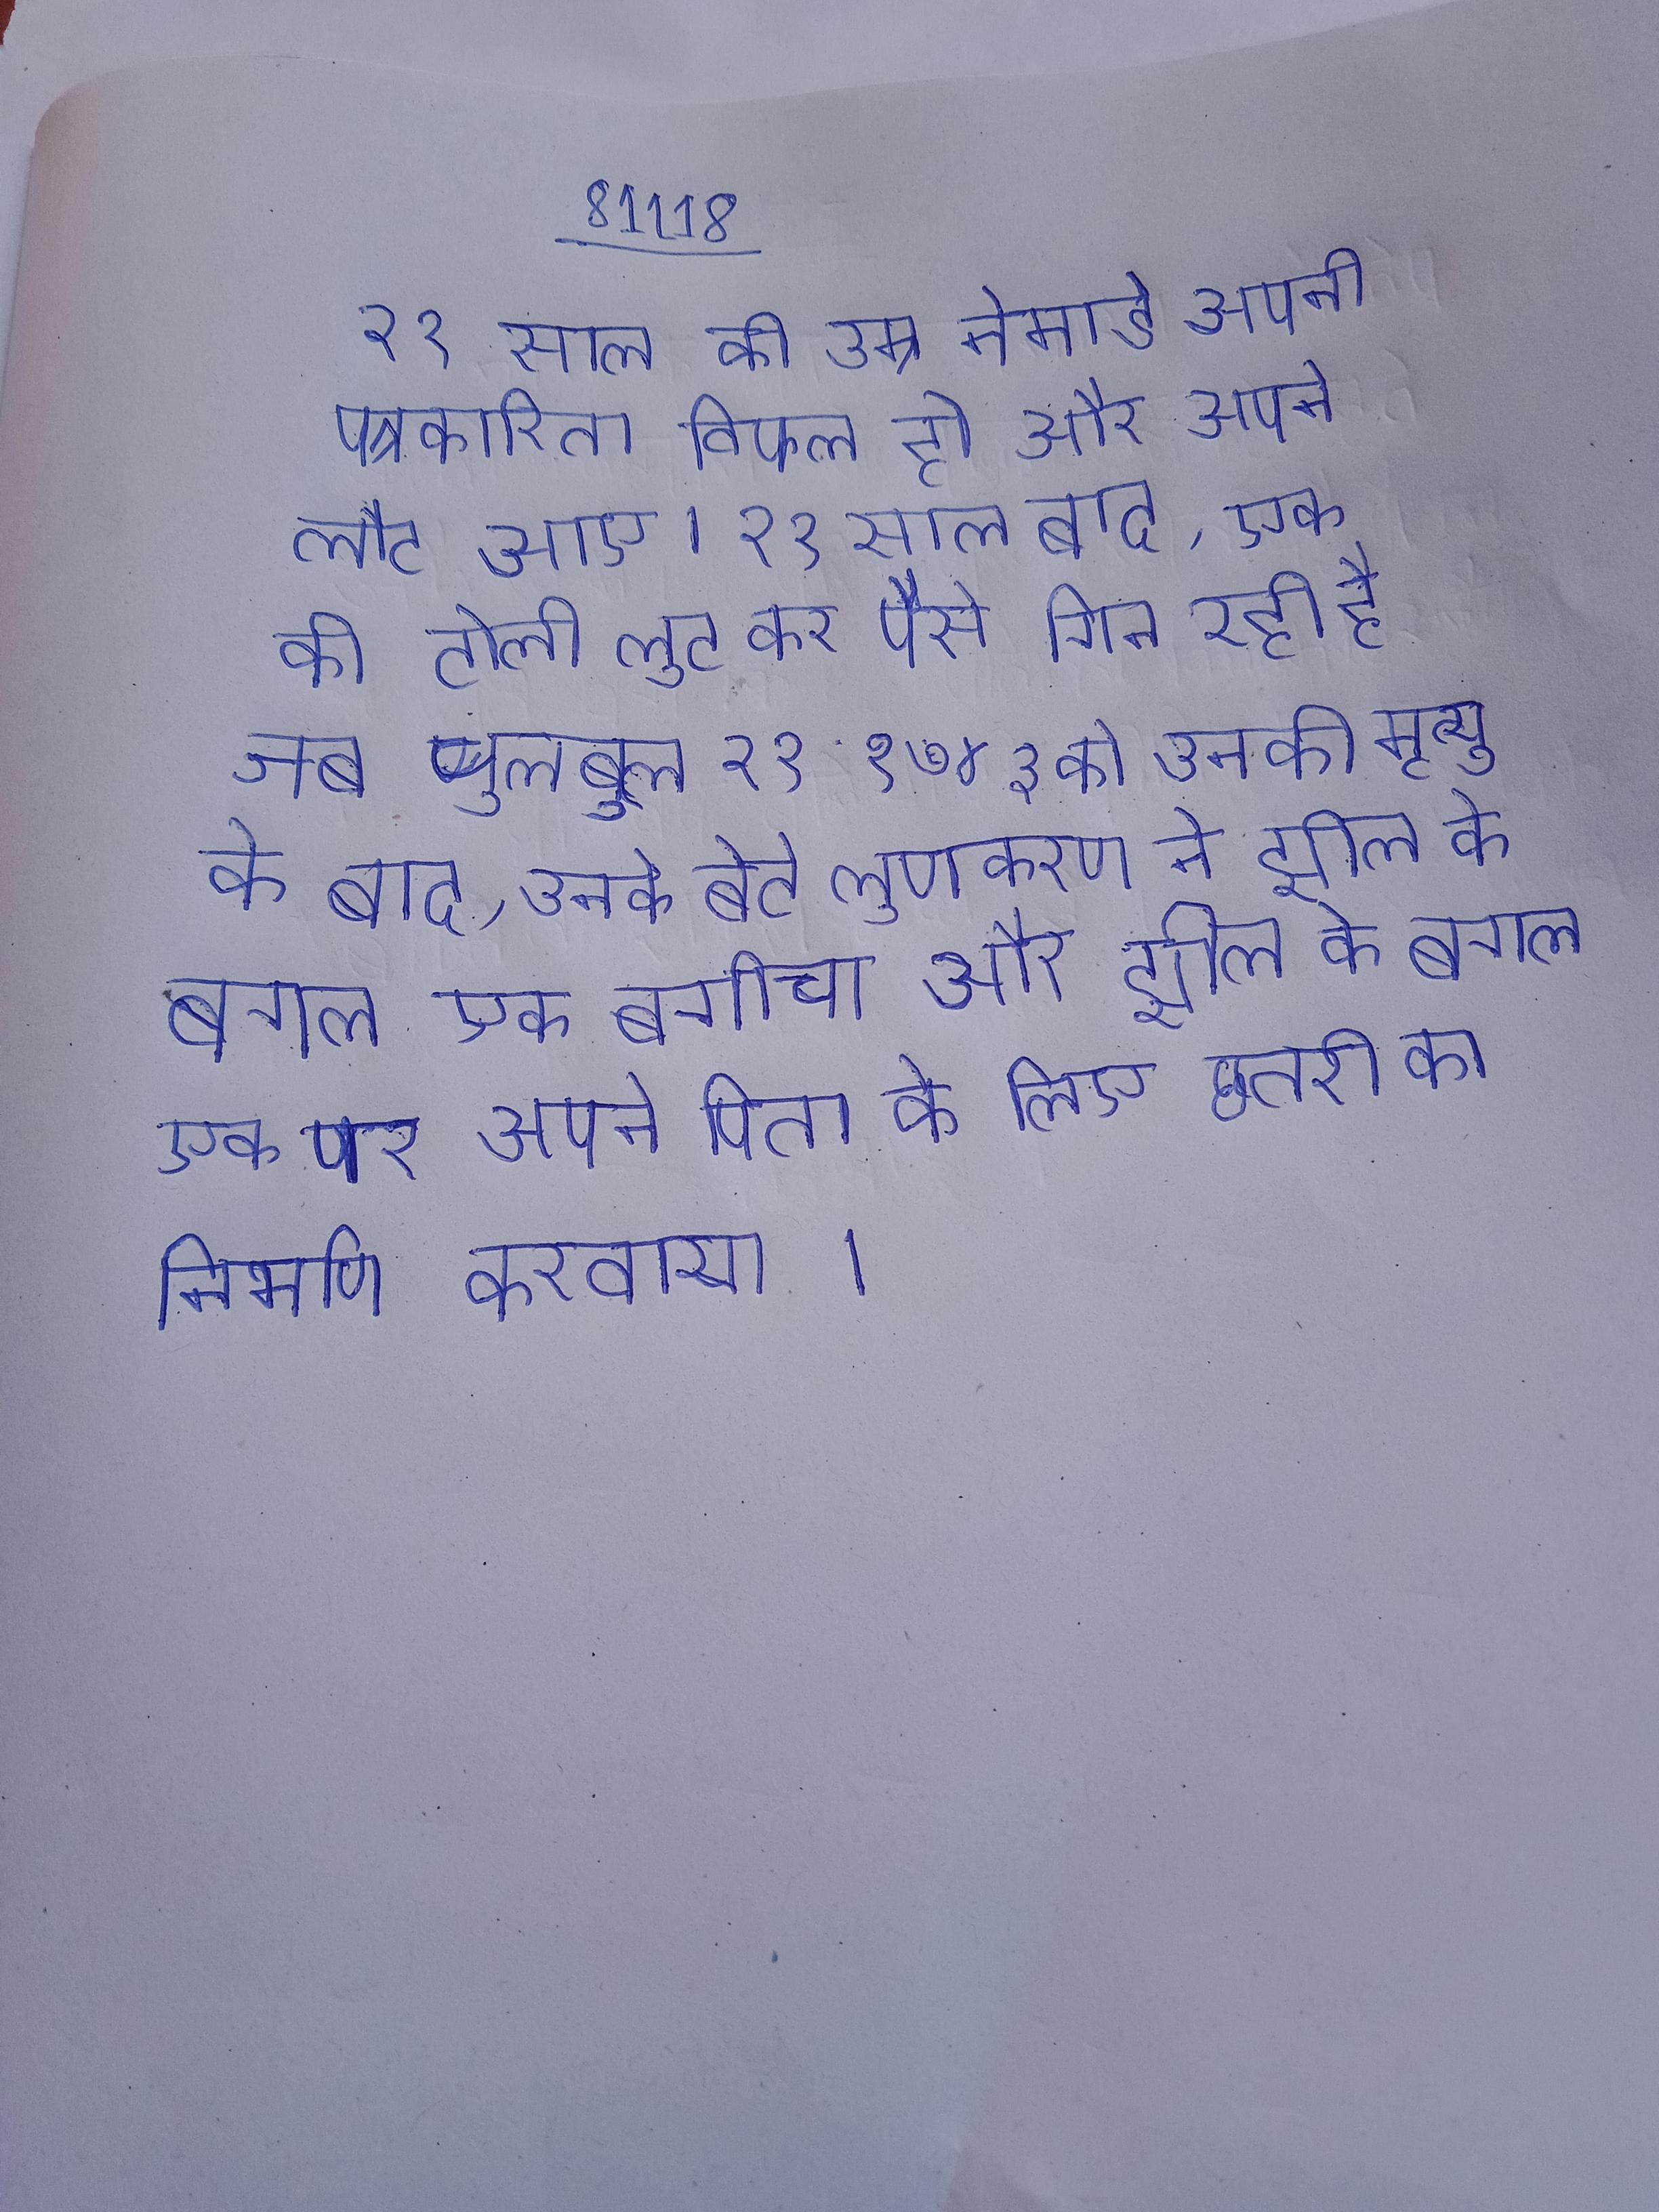
२१ साल की उम्र नेमाडे अपनी पत्रकारिता विफल हो और अपने लौट आए । २१ साल बाद, एक की टोली लुट कर पैसे गिन रही होती है जब चुलबुल २१ १७४३ को उनकी मृत्यु के बाद, उनके बेटे लूणकरण ने झील के बगल एक बगीचा और झील के बगल एक पर अपने पिता के लिए छतरी का निर्माण करवाया ।